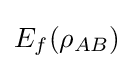
E_{f}(\rho _{AB})